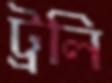
ট্রলি